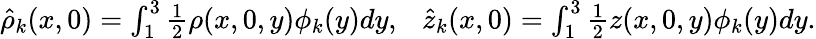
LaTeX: \begin{array}{r}{\hat{\rho}_{k}(x,0)=\int_{1}^{3}\frac{1}{2}\rho(x,0,y)\phi_{k}(y)dy,~~~\hat{z}_{k}(x,0)=\int_{1}^{3}\frac{1}{2}z(x,0,y)\phi_{k}(y)dy.}\end{array}